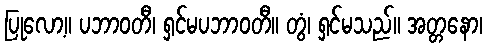
ပြုလော့။ ပဘာဝတီ၊ ရှင်မပဘာဝတီ။ တွံ၊ ရှင်မသည်။ အတ္တနော၊